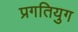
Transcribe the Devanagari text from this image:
प्रगतियुग